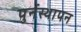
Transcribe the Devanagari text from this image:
पुर्नस्थापन